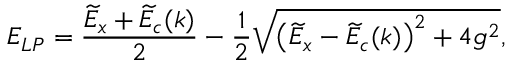
E _ { L P } = \frac { \widetilde { E } _ { x } + \widetilde { E } _ { c } ( k ) } { 2 } - \frac { 1 } { 2 } \sqrt { \left( \widetilde { E } _ { x } - \widetilde { E } _ { c } ( k ) \right) ^ { 2 } + 4 g ^ { 2 } } ,